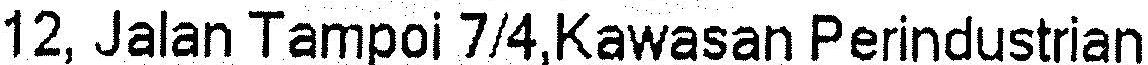
12, JALAN TAMPOI 7/4,KAWASAN PERINDUSTRIAN